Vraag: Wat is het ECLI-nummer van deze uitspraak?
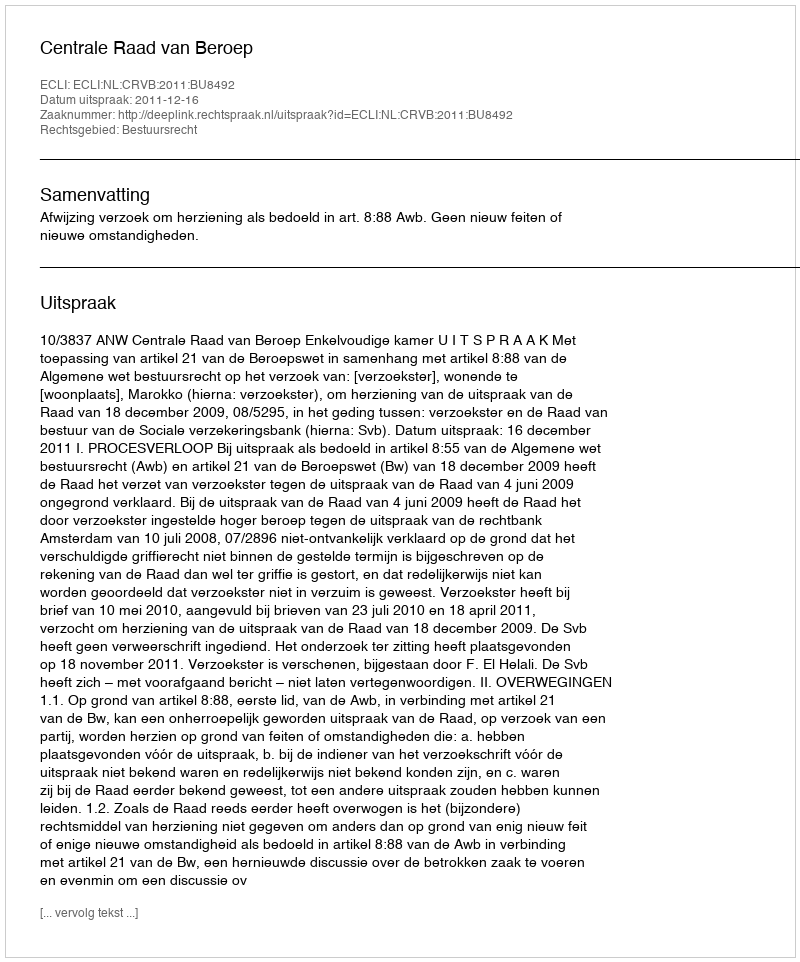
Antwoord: ECLI:NL:CRVB:2011:BU8492